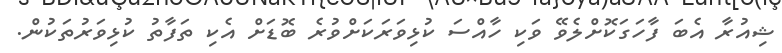
ޝިއުރާ އެބަ ފާހަގަކޮށްލެވޭ ވަކި ހާއްސަ ކުޅިވަރަކަށްވުރެ ބޮޑަށް އެކި ތަފާތު ކުޅިވަރުތަކުން.